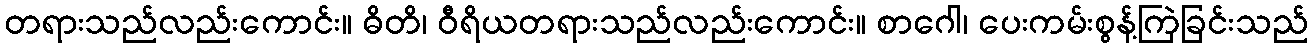
တရားသည်လည်းကောင်း။ ဓိတိ၊ ဝီရိယတရားသည်လည်းကောင်း။ စာဂေါ၊ ပေးကမ်းစွန့်ကြဲခြင်းသည်